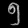
Digit: ၅